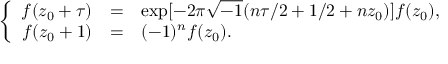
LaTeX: \left\{ \begin{array} { r c l } { { f ( z _ { 0 } + \tau ) } } & { { = } } & { { \exp [ - 2 \pi \sqrt { - 1 } ( n \tau / 2 + 1 / 2 + n z _ { 0 } ) ] f ( z _ { 0 } ) , } } \\ { { f ( z _ { 0 } + 1 ) } } & { { = } } & { { ( - 1 ) ^ { n } f ( z _ { 0 } ) . } } \end{array} \right.